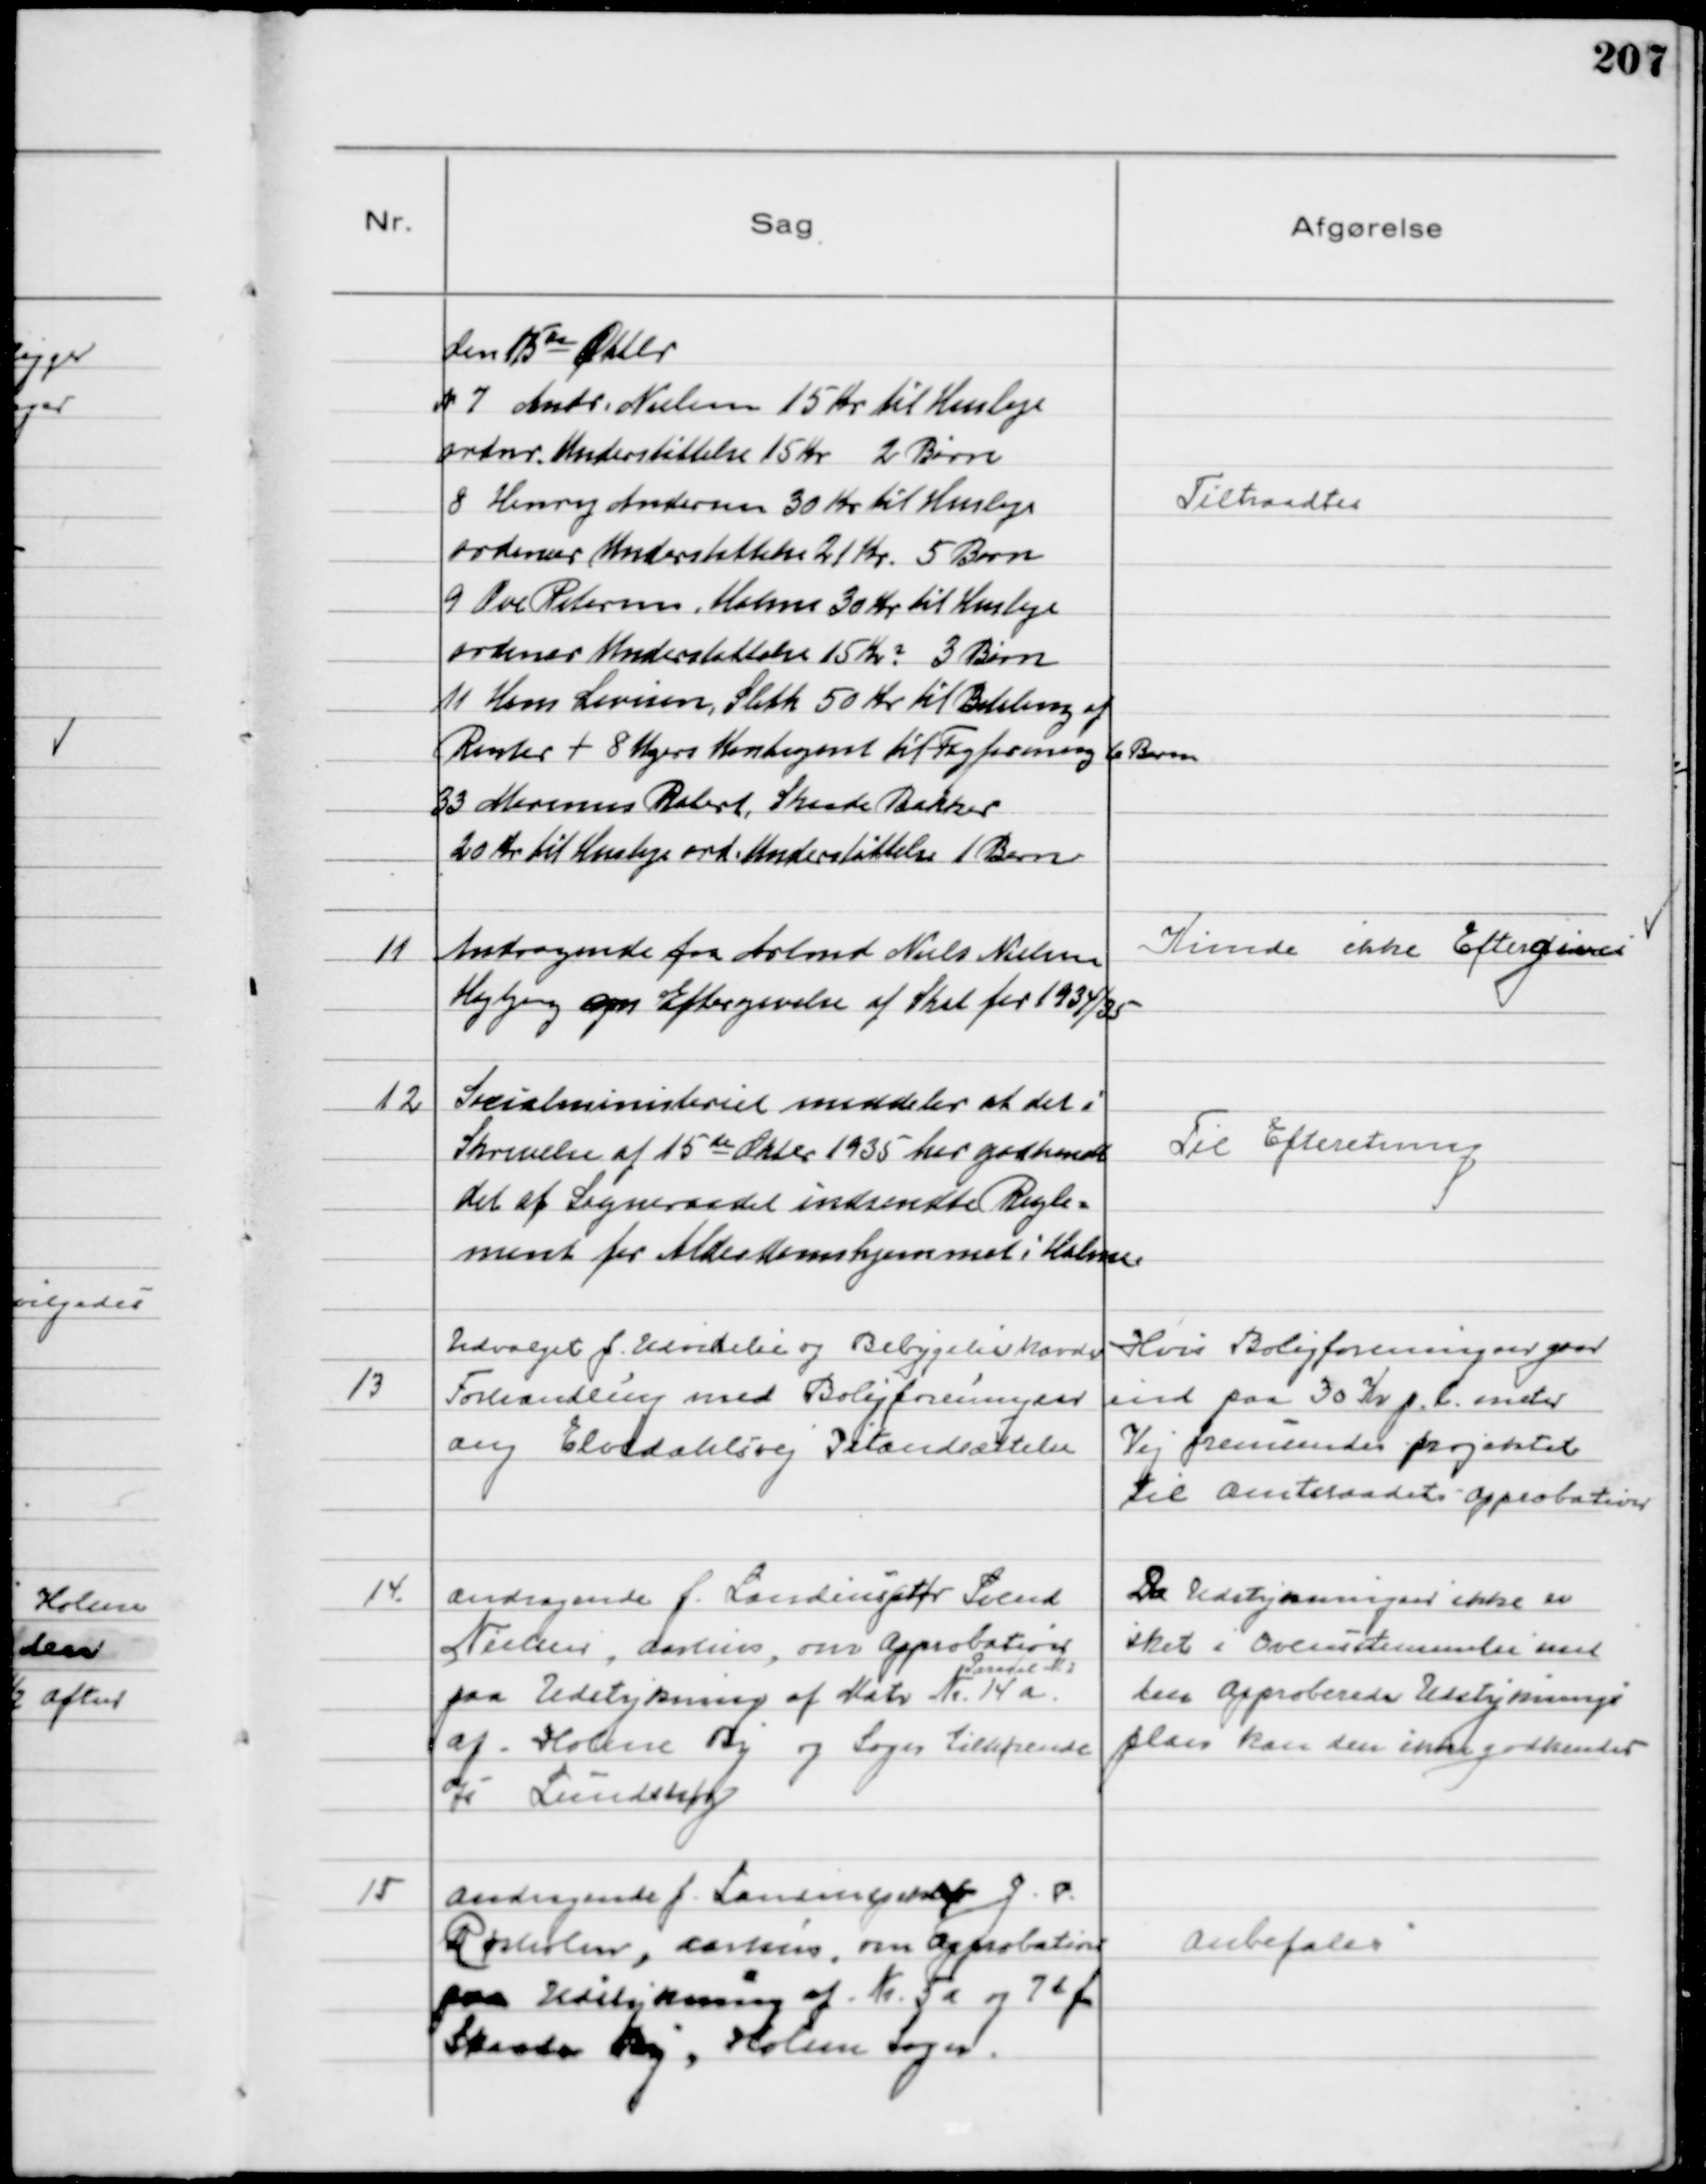
Transskription:
den 15de Oktbr
N. 7 Andr. Nielsen 15 Kr til Husleje
ordnr. Understøttelse 15 Kr 2 Børn
8 Henry Andersen 30 Kr til Husleje
ordinær Understøttelse 21 Kr. 5 Børn
9 Ove Petersen, Holme 30 Kr til Husleje
ordinær Understøttelse 15 Kr ? 3 Børn
11 Hans Levisen, Sleth 50 Kr til Betaling af
Renter + 8 Ugers Kontigent til Fagforening 6 Børn
33 Marinus Robert, Skaade Bakker
20 Kr til Husleje ord. Understøttelse 1 Barn

Tiltraadtes

11
Andragende fra Arbmd Niels Nielsen
Højbjerg om Eftergivelse af Skat for 1934/35

Kunde ikke Eftergives

12
Socialministeriet meddeler at det i
Skrivelse af 15 de Oktbr 1935 har godkendt
det af Sogneraadet indsendte Regle=
ment for Alderdomshjemmet i Holme

Til Efteretning

13
Udvalget f. Udvidelse og Bebygelse havde
Forhandling med Boligforeningen
ang Elvedahlsvej Istandsættelse

Hvis Boligforeningen gaar
ind paa 30 Kr p l meter
Vej fremsendes projektet
til Amtsraadets Approbation

14
Andragende f. Landinsptør Svend
Nielsen, Aarhus, om Approbation
paa Udstykning af Matr No 14 a
Parcel N. 2
af Holme By og Sogn tilhørende
Js Lundshøj

Da Udstykningen ikke er
sket i Overensstemmelse med
den Approberede Udstyknings
plan kan den ikke godkendes

15
Andragende f. Landinspektør J. P.
Rørholm, Aarhus, om Approbation
paa Udstykning af Nr 5a og 7d f
Skaade By, Holme Sogn.

Anbefales